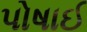
પોષાઈ